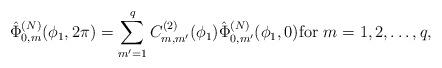
LaTeX: \begin{align*}\hat{\Phi}_{0,m}^{(N)}(\phi_1,2\pi)=\sum_{m'=1}^q C_{m,m'}^{(2)}(\phi_1)\hat{\Phi}_{0,m'}^{(N)}(\phi_1,0)\mbox{for\ } m=1,2,\ldots,q, \end{align*}